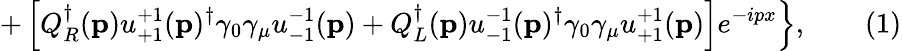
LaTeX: \left.+\left[Q_{R}^{\dagger}(\mathbf{p})u_{+1}^{+1}(\mathbf{p})^{\dagger}\gamma_{0}\gamma_{\mu}u_{-1}^{-1}(\mathbf{p})+Q_{L}^{\dagger}(\mathbf{p})u_{-1}^{-1}(\mathbf{p})^{\dagger}\gamma_{0}\gamma_{\mu}u_{+1}^{+1}(\mathbf{p})\right]e^{-ipx}\right\} ,\quad\quad(1)